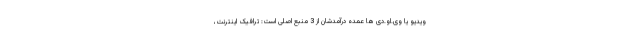
ویدیو یا وی.او.دی ها عمده درآمدشان از 3 منبع اصلی است: ترافیک اینترنت،